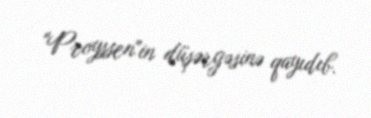
"Proyssen"in düşərgəsinə qayıdıb.